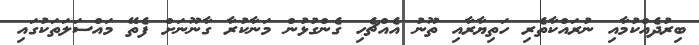
ބިރުދެއްކުމާއި ނުރައްކާތެރި ހަތިޔާރާއި ތޫނު އެއްޗެހި ގެންގުޅުން މަނާކުރާ ގާނޫނަށް ފެތޭ މައްސަލަތަކުގައި